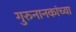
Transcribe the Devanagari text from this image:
गुरुनानकांच्या